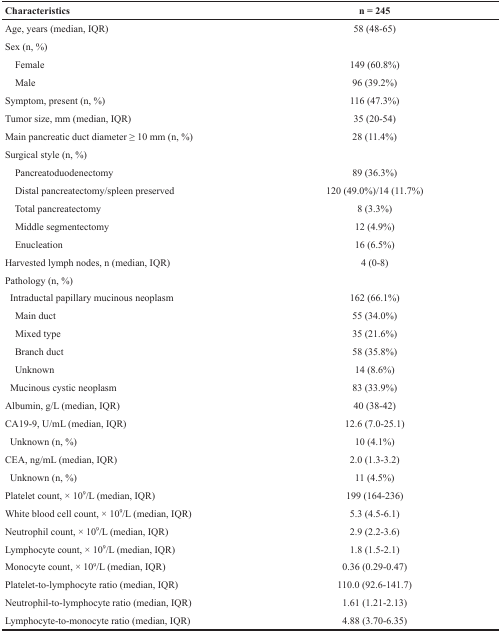
<table><thead><tr><td><b>Characteristics</b></td><td><b>n = 245</b></td></tr></thead><tbody><tr><td>Age, years (median, IQR)</td><td>58 (48-65)</td></tr><tr><td>Sex (n, %)</td><td></td></tr><tr><td> Female</td><td>149 (60.8%)</td></tr><tr><td> Male</td><td>96 (39.2%)</td></tr><tr><td>Symptom, present (n, %)</td><td>116 (47.3%)</td></tr><tr><td>Tumor size, mm (median, IQR)</td><td>35 (20-54)</td></tr><tr><td>Main pancreatic duct diameter ≥ 10 mm (n, %)</td><td>28 (11.4%)</td></tr><tr><td>Surgical style (n, %)</td><td></td></tr><tr><td> Pancreatoduodenectomy</td><td>89 (36.3%)</td></tr><tr><td> Distal pancreatectomy/spleen preserved</td><td>120 (49.0%)/14 (11.7%)</td></tr><tr><td> Total pancreatectomy</td><td>8 (3.3%)</td></tr><tr><td> Middle segmentectomy</td><td>12 (4.9%)</td></tr><tr><td> Enucleation</td><td>16 (6.5%)</td></tr><tr><td>Harvested lymph nodes, n (median, IQR)</td><td>4 (0-8)</td></tr><tr><td>Pathology (n, %)</td><td></td></tr><tr><td> Intraductal papillary mucinous neoplasm</td><td>162 (66.1%)</td></tr><tr><td> Main duct</td><td>55 (34.0%)</td></tr><tr><td> Mixed type</td><td>35 (21.6%)</td></tr><tr><td> Branch duct</td><td>58 (35.8%)</td></tr><tr><td> Unknown</td><td>14 (8.6%)</td></tr><tr><td> Mucinous cystic neoplasm</td><td>83 (33.9%)</td></tr><tr><td>Albumin, g/L (median, IQR)</td><td>40 (38-42)</td></tr><tr><td>CA19-9, U/mL (median, IQR)</td><td>12.6 (7.0-25.1)</td></tr><tr><td> Unknown (n, %)</td><td>10 (4.1%)</td></tr><tr><td>CEA, ng/mL (median, IQR)</td><td>2.0 (1.3-3.2)</td></tr><tr><td> Unknown (n, %)</td><td>11 (4.5%)</td></tr><tr><td>Platelet count, × 10<sup>9</sup>/L (median, IQR)</td><td>199 (164-236)</td></tr><tr><td>White blood cell count, × 10<sup>9</sup>/L (median, IQR)</td><td>5.3 (4.5-6.1)</td></tr><tr><td>Neutrophil count, × 10<sup>9</sup>/L (median, IQR)</td><td>2.9 (2.2-3.6)</td></tr><tr><td>Lymphocyte count, × 10<sup>9</sup>/L (median, IQR)</td><td>1.8 (1.5-2.1)</td></tr><tr><td>Monocyte count, × 10<sup>9</sup>/L (median, IQR)</td><td>0.36 (0.29-0.47)</td></tr><tr><td>Platelet-to-lymphocyte ratio (median, IQR)</td><td>110.0 (92.6-141.7)</td></tr><tr><td>Neutrophil-to-lymphocyte ratio (median, IQR)</td><td>1.61 (1.21-2.13)</td></tr><tr><td>Lymphocyte-to-monocyte ratio (median, IQR)</td><td>4.88 (3.70-6.35)</td></tr></tbody></table>